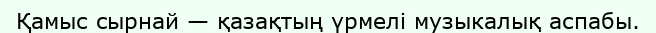
Қамыс cырнай — қазақтың үрмелі музыкалық аспабы.